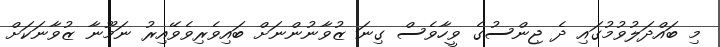
މި ބައްދަލުވުމުގައި ދެ ޖިންސުގެ ވީހާވެސް ގިނަ ޒުވާނުންނަށް ބައިވެރިވެވޭއިރު ނަމޫނާ ޒުވާނަކަށް